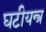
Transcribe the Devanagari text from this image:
घटीयन्त्र